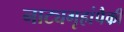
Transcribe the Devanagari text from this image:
नाट्यगृहांपैकी